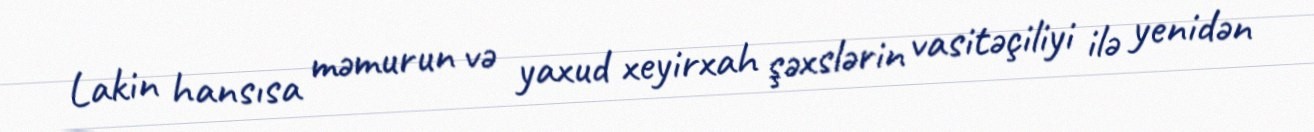
Lakin hansısa məmurun və yaxud xeyirxah şəxslərin vasitəçiliyi ilə yenidən